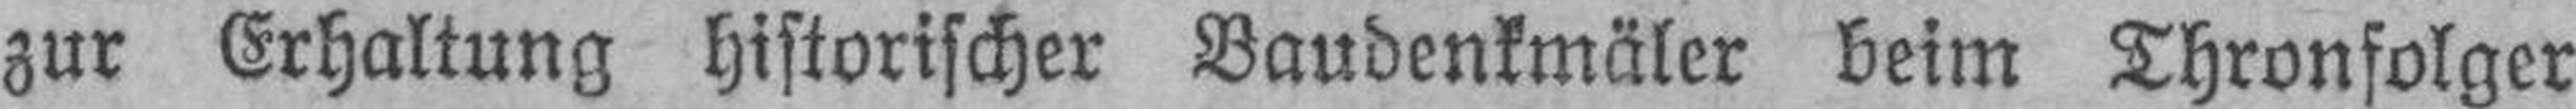
zur Erhaltung historischer Baudenkmäler beim Thronfolger